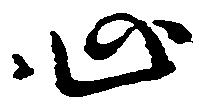
心